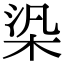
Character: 𣑃